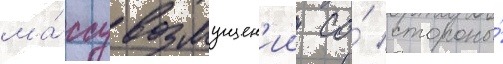
ма́ссу возмущен'ии со́ стороны́